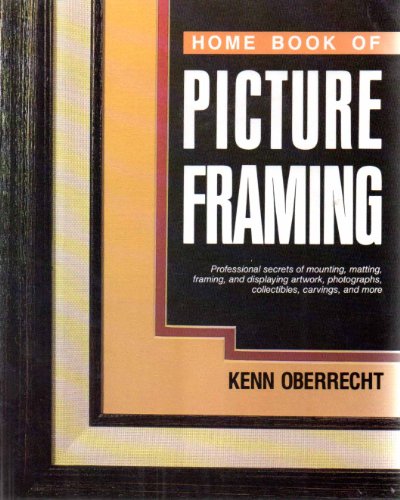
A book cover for Home Book of Picture Framing; Kenn Oberrecht; Crafts, Hobbies & Home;